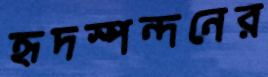
হৃদস্পন্দনের